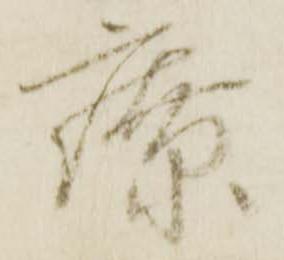
療